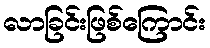
လာခြင်းဖြစ်ကြောင်း